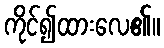
ကိုင်၍ထားလေ၏။